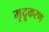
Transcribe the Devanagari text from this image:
मृदूकरण